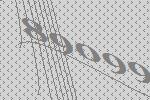
89099